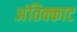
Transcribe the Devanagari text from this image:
अंतिक्काट